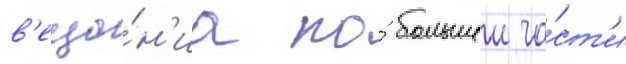
в'еща́н'иа по́ большеи ча́ст'и